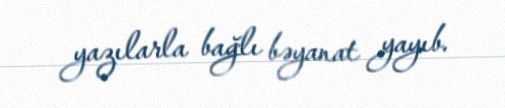
yazılarla bağlı bəyanat yayıb.